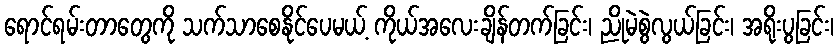
ရောင်ရမ်းတာတွေကို သက်သာစေနိုင်ပေမယ့် ကိုယ်အလေးချိန်တက်ခြင်း၊ ညိုမဲစွဲလွယ်ခြင်း၊ အရိုးပွခြင်း၊